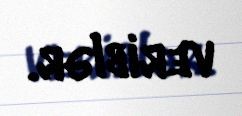
veriblər.